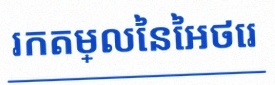
រកតម្លៃនៃអថេរ